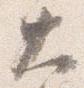
大